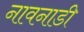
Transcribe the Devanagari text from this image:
नावनाडी